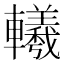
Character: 𨏢